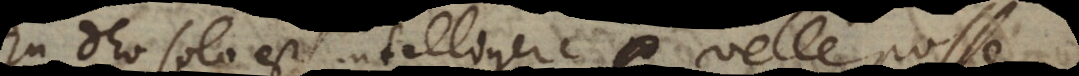
In Deo solo est intelligere velle posse.